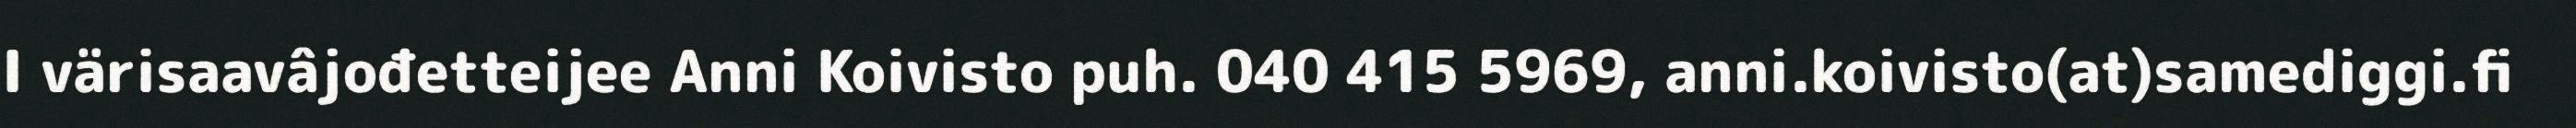
I värisaavâjođetteijee Anni Koivisto puh. 040 415 5969, anni.koivisto(at)samediggi.fi